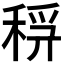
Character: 𥟞